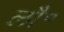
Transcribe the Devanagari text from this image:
लौ॰